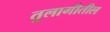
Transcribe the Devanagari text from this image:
तुलागीतील